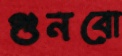
গুনবো